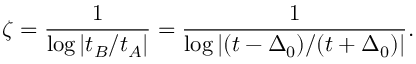
\zeta = \frac { 1 } { \log \left| t _ { B } / t _ { A } \right| } = \frac { 1 } { \log \left| ( t - \Delta _ { 0 } ) / ( t + \Delta _ { 0 } ) \right| } .